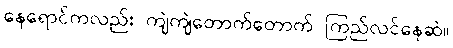
နေရောင်ကလည်း ကျဲကျဲတောက်တောက် ကြည်လင်နေဆဲ။